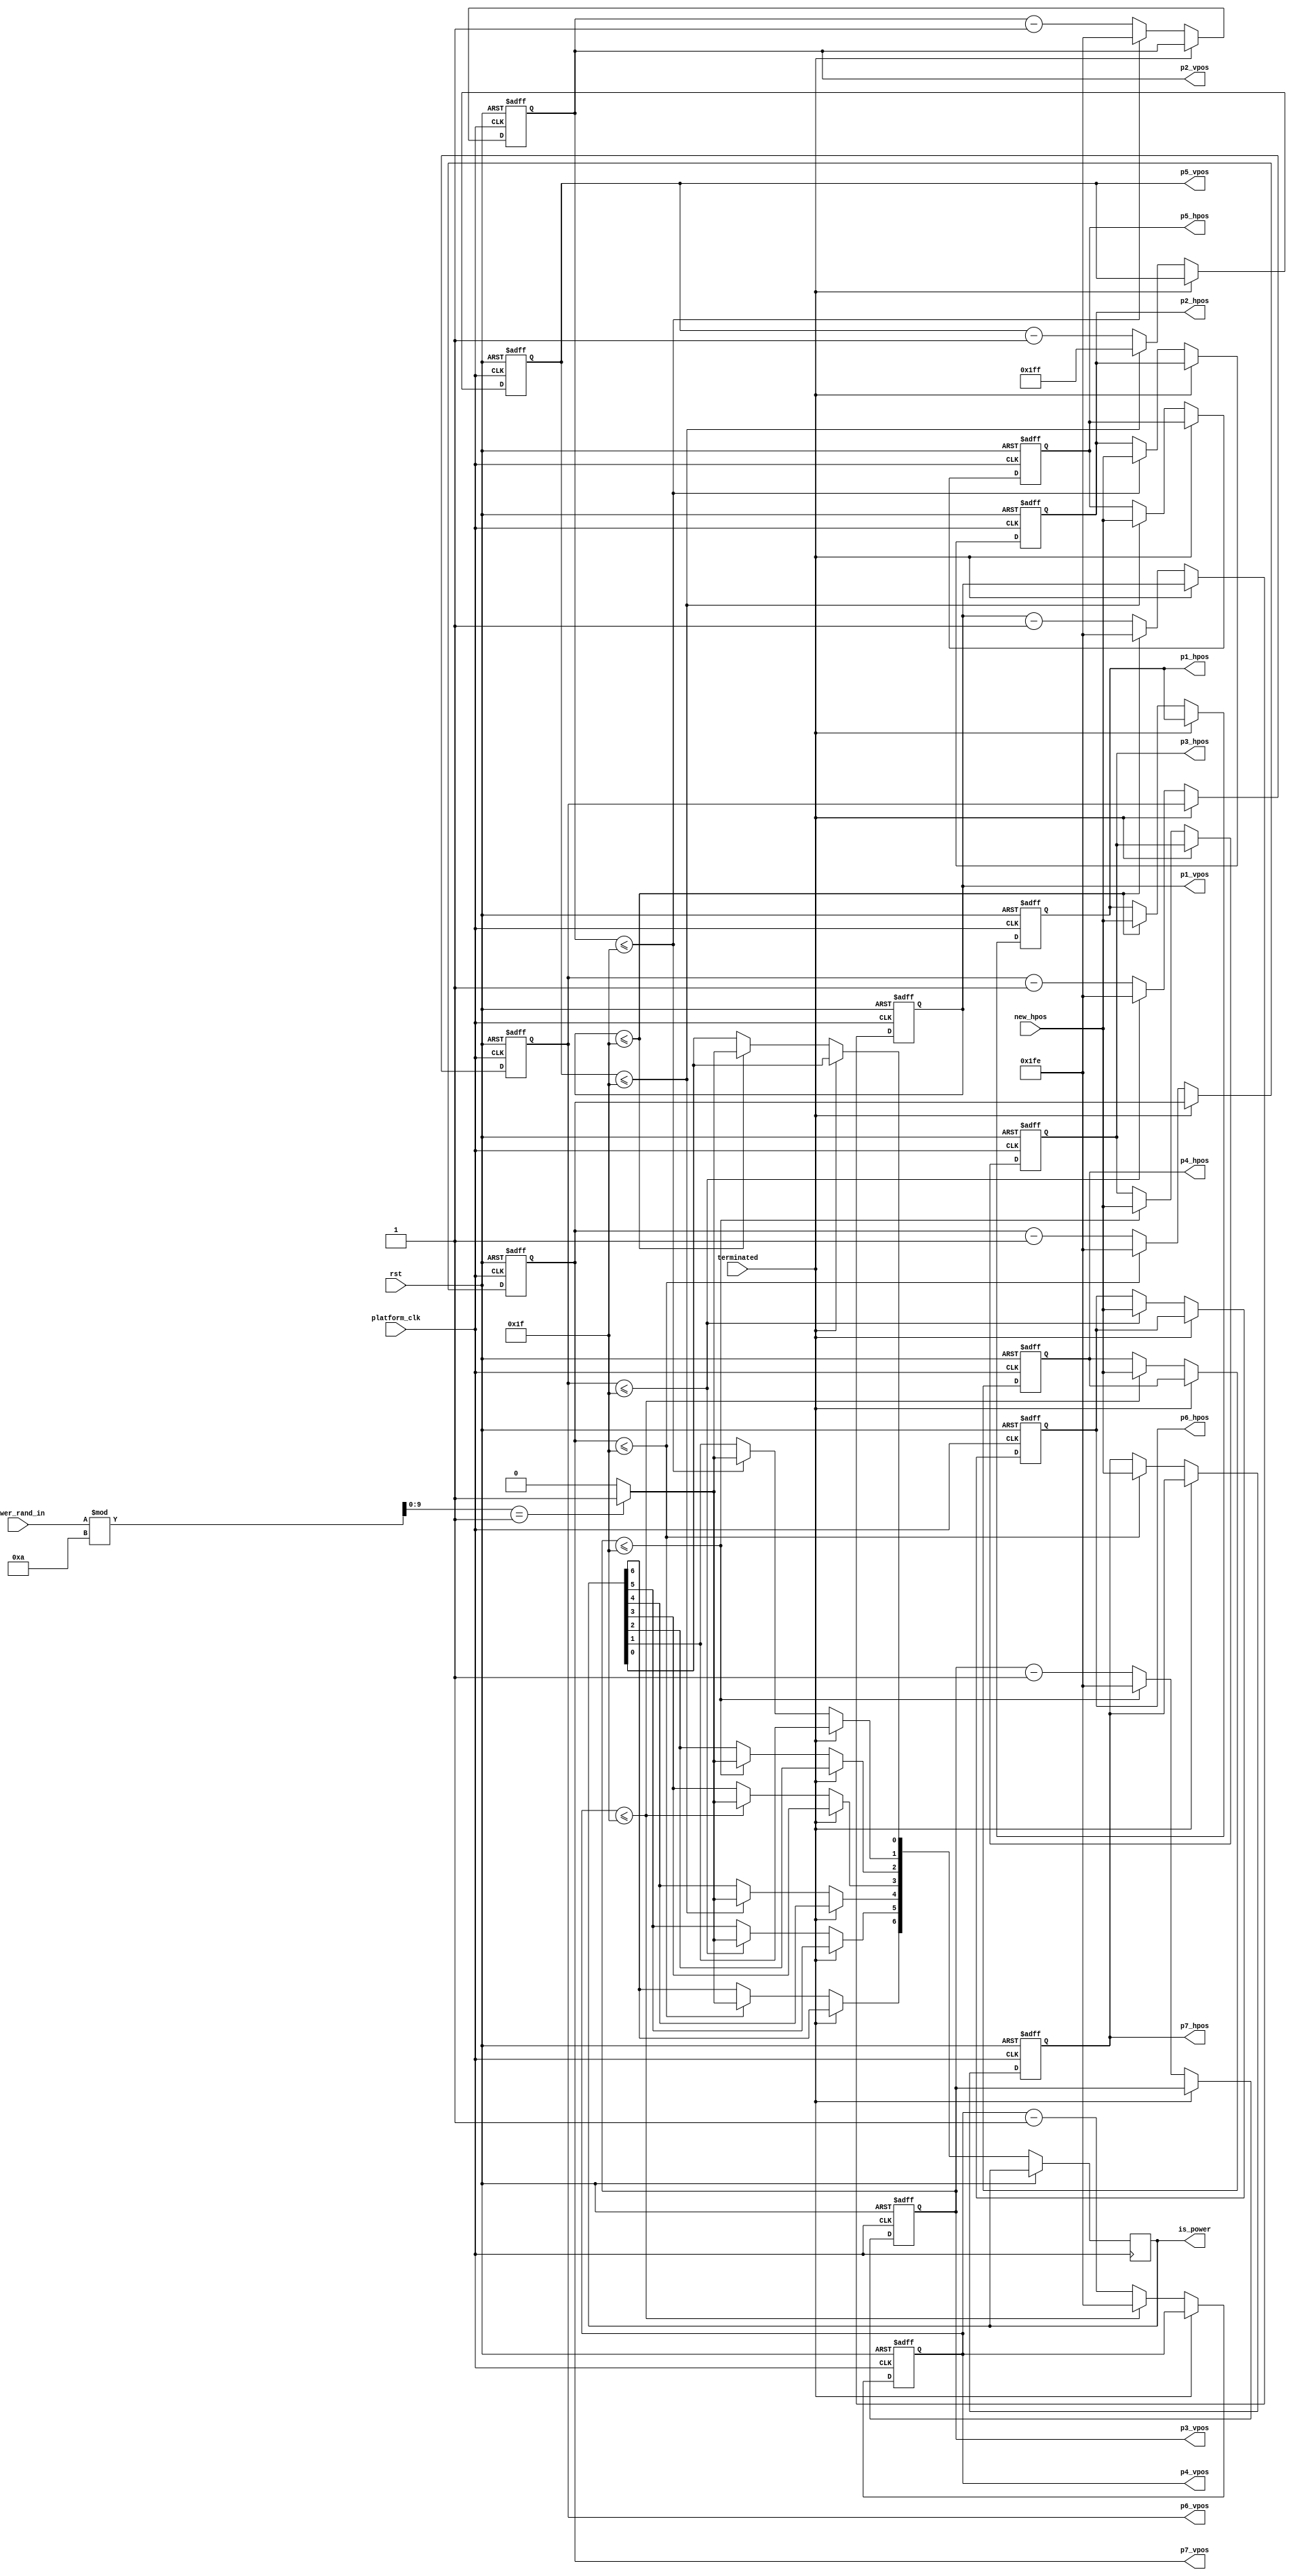

`timescale 1ns / 1ps 
 
module platforms( 
    input platform_clk, // determines rate at which platforms move up 
    input rst, 
     
    // new horizontal position when overlapped 
    // input received from random generator 
    input wire [9:0] new_hpos, 
    input wire terminated,
	 input wire [9:0] power_rand_in,
    //Saved vertical positions 
    output reg [9:0] p1_vpos,  
    output reg [9:0] p2_vpos, 
    output reg [9:0] p3_vpos, 
    output reg [9:0] p4_vpos, 
    output reg [9:0] p5_vpos, 
    output reg [9:0] p6_vpos, 
    output reg [9:0] p7_vpos, 
     
    //Saved horizontal positions 
    output reg [9:0] p1_hpos, 
    output reg [9:0] p2_hpos, 
    output reg [9:0] p3_hpos, 
    output reg [9:0] p4_hpos, 
    output reg [9:0] p5_hpos, 
    output reg [9:0] p6_hpos, 
    output reg [9:0] p7_hpos,
	 
	 output reg [6:0] is_power
    ); 
     
    parameter hbp = 325;     // horizontal back porch (Left of screen)
    parameter hfp = 625;     // horizontal front porch (Right of screen)
    parameter vbp = 31;         // vertical back porch (Top of screen)
    parameter vfp = 511;     // vertical front porch (Bottom of screen) 
    parameter v_spc = 50;     // vertical space 
    parameter height = 20;     // platform height 
    localparam width = 75;    // platform width 
	 
	 // frequency of power blocks
	localparam power_prob = 10;

		reg [9:0] power_rand_reg;
     
    //Initial Platform setup 
    initial begin 
        //Vertical 
        p1_vpos = vbp + 50; 
        p2_vpos = vbp + 120; 
        p3_vpos = vbp + 190; 
        p4_vpos = vbp + 260; 
        p5_vpos = vbp + 330; 
        p6_vpos = vbp + 400; 
        p7_vpos = vbp + 470; 
        //Horizontal 
        p1_hpos = hbp; 
        p2_hpos = hbp + 125; 
        p3_hpos = hbp; 
        p4_hpos = hbp + 125; 
        p5_hpos = hbp;         
        p6_hpos = hbp + 125; 
        p7_hpos = hbp; 
		  
		  power_rand_reg = power_rand_in % power_prob;
    end 
 
    always @ (posedge platform_clk or posedge rst) begin 
        if (rst) begin 
            // reset vertical positions 
            p1_vpos <= vbp + 50; 
            p2_vpos <= vbp + 120; 
            p3_vpos <= vbp + 190; 
            p4_vpos <= vbp + 260; 
            p5_vpos <= vbp + 330; 
            p6_vpos <= vbp + 400; 
            p7_vpos <= vbp + 470; 
             
            // reset horizontal positions 
            p1_hpos <= hbp; 
            p2_hpos <= hbp + 125; 
            p3_hpos <= hbp; 
            p4_hpos <= hbp + 125; 
            p5_hpos <= hbp; 
            p6_hpos <= hbp + 125; 
            p7_hpos <= hbp;     
        end 
        else begin 
            if(!terminated) begin 
                // decrement and wrap-around the vertical position 
                // and randomize the horizontal positions 
                if (p1_vpos <= vbp) begin 
                    p1_vpos <= vfp - 1; 
                    p1_hpos <= new_hpos;
							if (power_rand_reg == 1) begin
								is_power[0] <= 1;
							end
							else begin
								is_power[0] <= 0;
							end
                end 
                else begin 
                    p1_vpos <= p1_vpos - 1; 
                end 
                 
                if (p2_vpos <= vbp) begin 
                    p2_vpos <= vfp - 1; 
                    p2_hpos <= new_hpos; 
						  if (power_rand_reg == 1) begin
								is_power[1] <= 1;
							end
							else begin
								is_power[1] <= 0;
							end
                end 
                else begin 
                    p2_vpos <= p2_vpos - 1; 
                end 
                 
                if (p3_vpos <= vbp) begin 
                    p3_vpos <= vfp - 1; 
                    p3_hpos <= new_hpos; 
						  if (power_rand_reg == 1) begin
								is_power[2] <= 1;
							end
							else begin
								is_power[2] <= 0;
							end
                end 
                else begin 
                    p3_vpos <= p3_vpos - 1; 
                end 
                 
                if (p4_vpos <= vbp) begin 
                    p4_vpos <= vfp - 1; 
                    p4_hpos <= new_hpos; 
						  if (power_rand_reg == 1) begin
								is_power[3] <= 1;
							end
							else begin
								is_power[3] <= 0;
							end
                end 
                else begin 
                    p4_vpos <= p4_vpos - 1; 
                end 
                 
                if (p5_vpos <= vbp) begin 
                    p5_vpos <= vfp; 
                    p5_hpos <= new_hpos; 
						  if (power_rand_reg == 1) begin
								is_power[4] <= 1;
							end
							else begin
								is_power[4] <= 0;
							end
                end 
                else begin 
                    p5_vpos <= p5_vpos - 1; 
                end 
                 
                if (p6_vpos <= vbp) begin 
                    p6_vpos <= vfp - 1; 
                    p6_hpos <= new_hpos; 
						  if (power_rand_reg == 1) begin
								is_power[5] <= 1;
							end
							else begin
								is_power[5] <= 0;
							end
                end 
                else begin 
                    p6_vpos <= p6_vpos - 1; 
                end 
                 
                if (p7_vpos <= vbp) begin 
                    p7_vpos <= vfp - 1; 
                    p7_hpos <= new_hpos; 
						  if (power_rand_reg == 1) begin
								is_power[6] <= 1;
							end
							else begin
								is_power[6] <= 0;
							end
                end 
                else begin 
                    p7_vpos <= p7_vpos - 1; 
                end 
            end 
        end             
    end 
 
endmodule